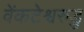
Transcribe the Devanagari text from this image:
वेंकटेश्वरुडु